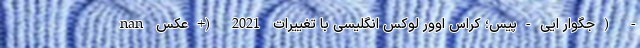
nan جگوار ایی-پیس؛ کراس اوور لوکس انگلیسی با تغییرات 2021 (+عکس) -